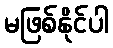
မဖြစ်နိုင်ပါ